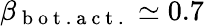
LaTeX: \beta_{\mathrm{~b~o~t~.~a~c~t~.~}}\simeq 0.7